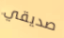
صديقي